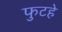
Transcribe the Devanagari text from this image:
फुटहे